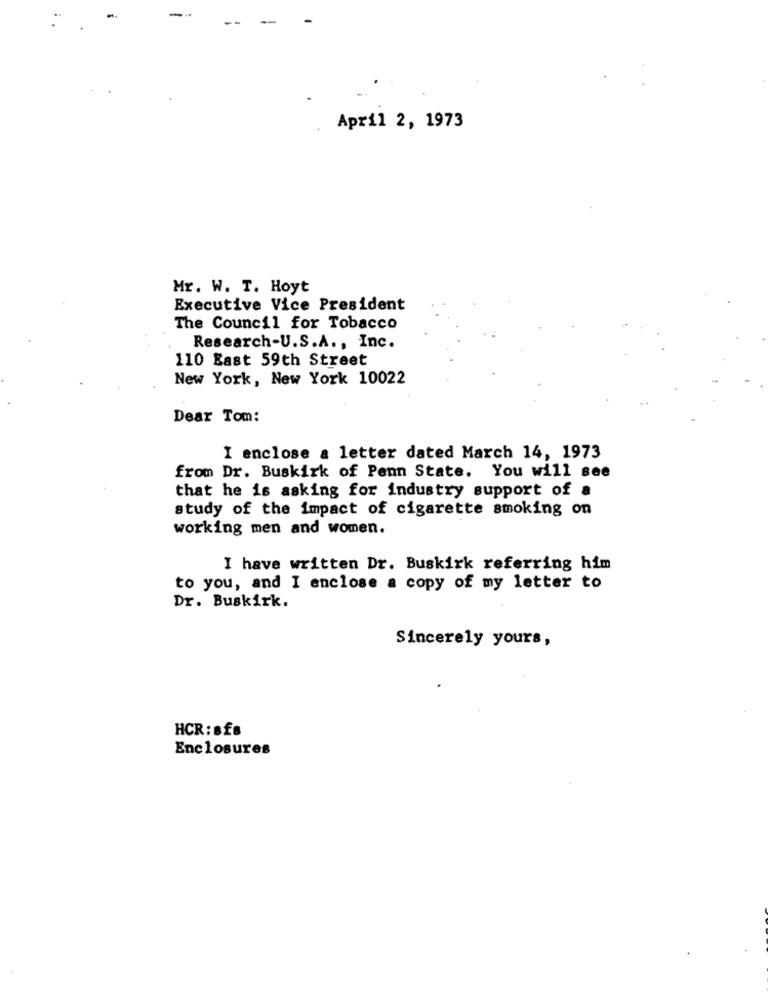
-
--
April 2, 1973
Mr. W. T. Hoyt
Executive Vice President
The Council for Tobacco
Research-U.S.A ., Inc.
110 East 59th Street
New York, New York 10022
Dear Tom:
I enclose a letter dated March 14, 1973
from Dr. Buskirk of Penn State. You will see
that he is asking for industry support of a
study of the impact of cigarette smoking on
working men and women.
I have written Dr. Buskirk referring him
to you, and I enclose a copy of my letter to
Dr. Buskirk.
Sincerely yours,
HCR: Bf8
Enclosures